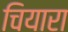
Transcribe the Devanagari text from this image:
चियारा